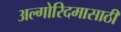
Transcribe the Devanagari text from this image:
अल्गोरिदमासाठी